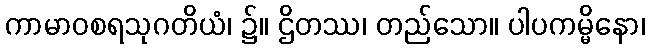
ကာမာဝစရသုဂတိယံ၊ ၌။ ဌိတဿ၊ တည်သော။ ပါပကမ္မိနော၊